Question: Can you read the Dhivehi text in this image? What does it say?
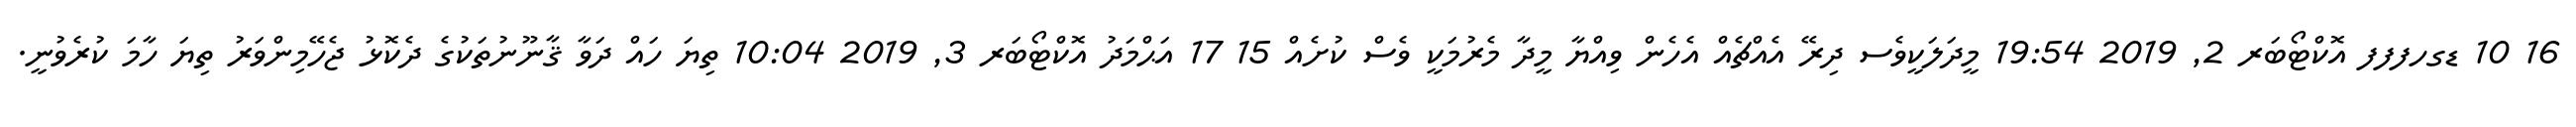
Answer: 16 10 ޑގހފފފ އޮކްޓޯބަރ 2, 2019 19:54 މީދަލަކީވެސ ދިރޭ އެއްޗެއް އެހެން ވިއްޔާ މީދާ މެރުމަކީ ވެސް ކުށެއް 15 17 އަޙްމަދު އޮކްޓޯބަރ 3, 2019 10:04 ތިޔަ ހައް ދަވާ ޤާނޫނުތަކުގެ ދެކޮޅު ޖެހޭމިންވަރު ތިޔަ ހާމަ ކުރެވުނީ.